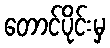
တောင်ပိုင်းမှ